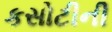
કસોટીની